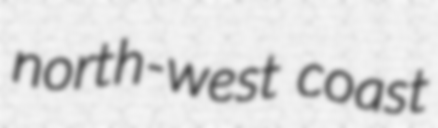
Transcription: north-west coast